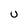
Character: U